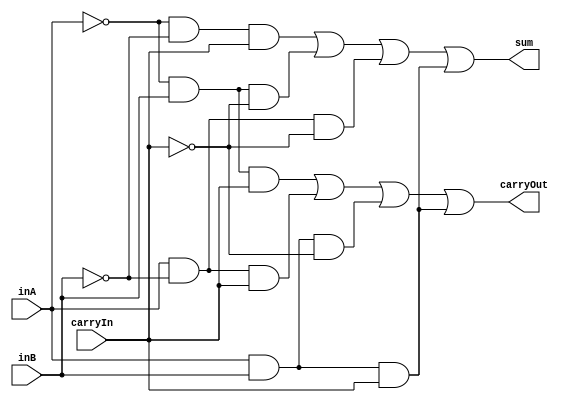
module fullAdder (
    input inA,
    input inB,
    input carryIn,
    output sum,
    output carryOut);

// assign carryOut = (inA & inB) | ((inA ^ inB) & carryIn); 
assign carryOut = 
    ( ~inA & inB & carryIn) |
    ( inA & ~inB & carryIn) |
    ( inA & inB & ~carryIn) |
    ( inA & inB & carryIn);

// assign sum = (inA ^ inB) ^ carryIn; 
assign sum = 
    ( ~inA & ~inB & carryIn) |
    ( ~inA & inB & ~carryIn) |
    ( inA & ~inB & ~carryIn) |
    ( inA & inB & carryIn);

endmodule